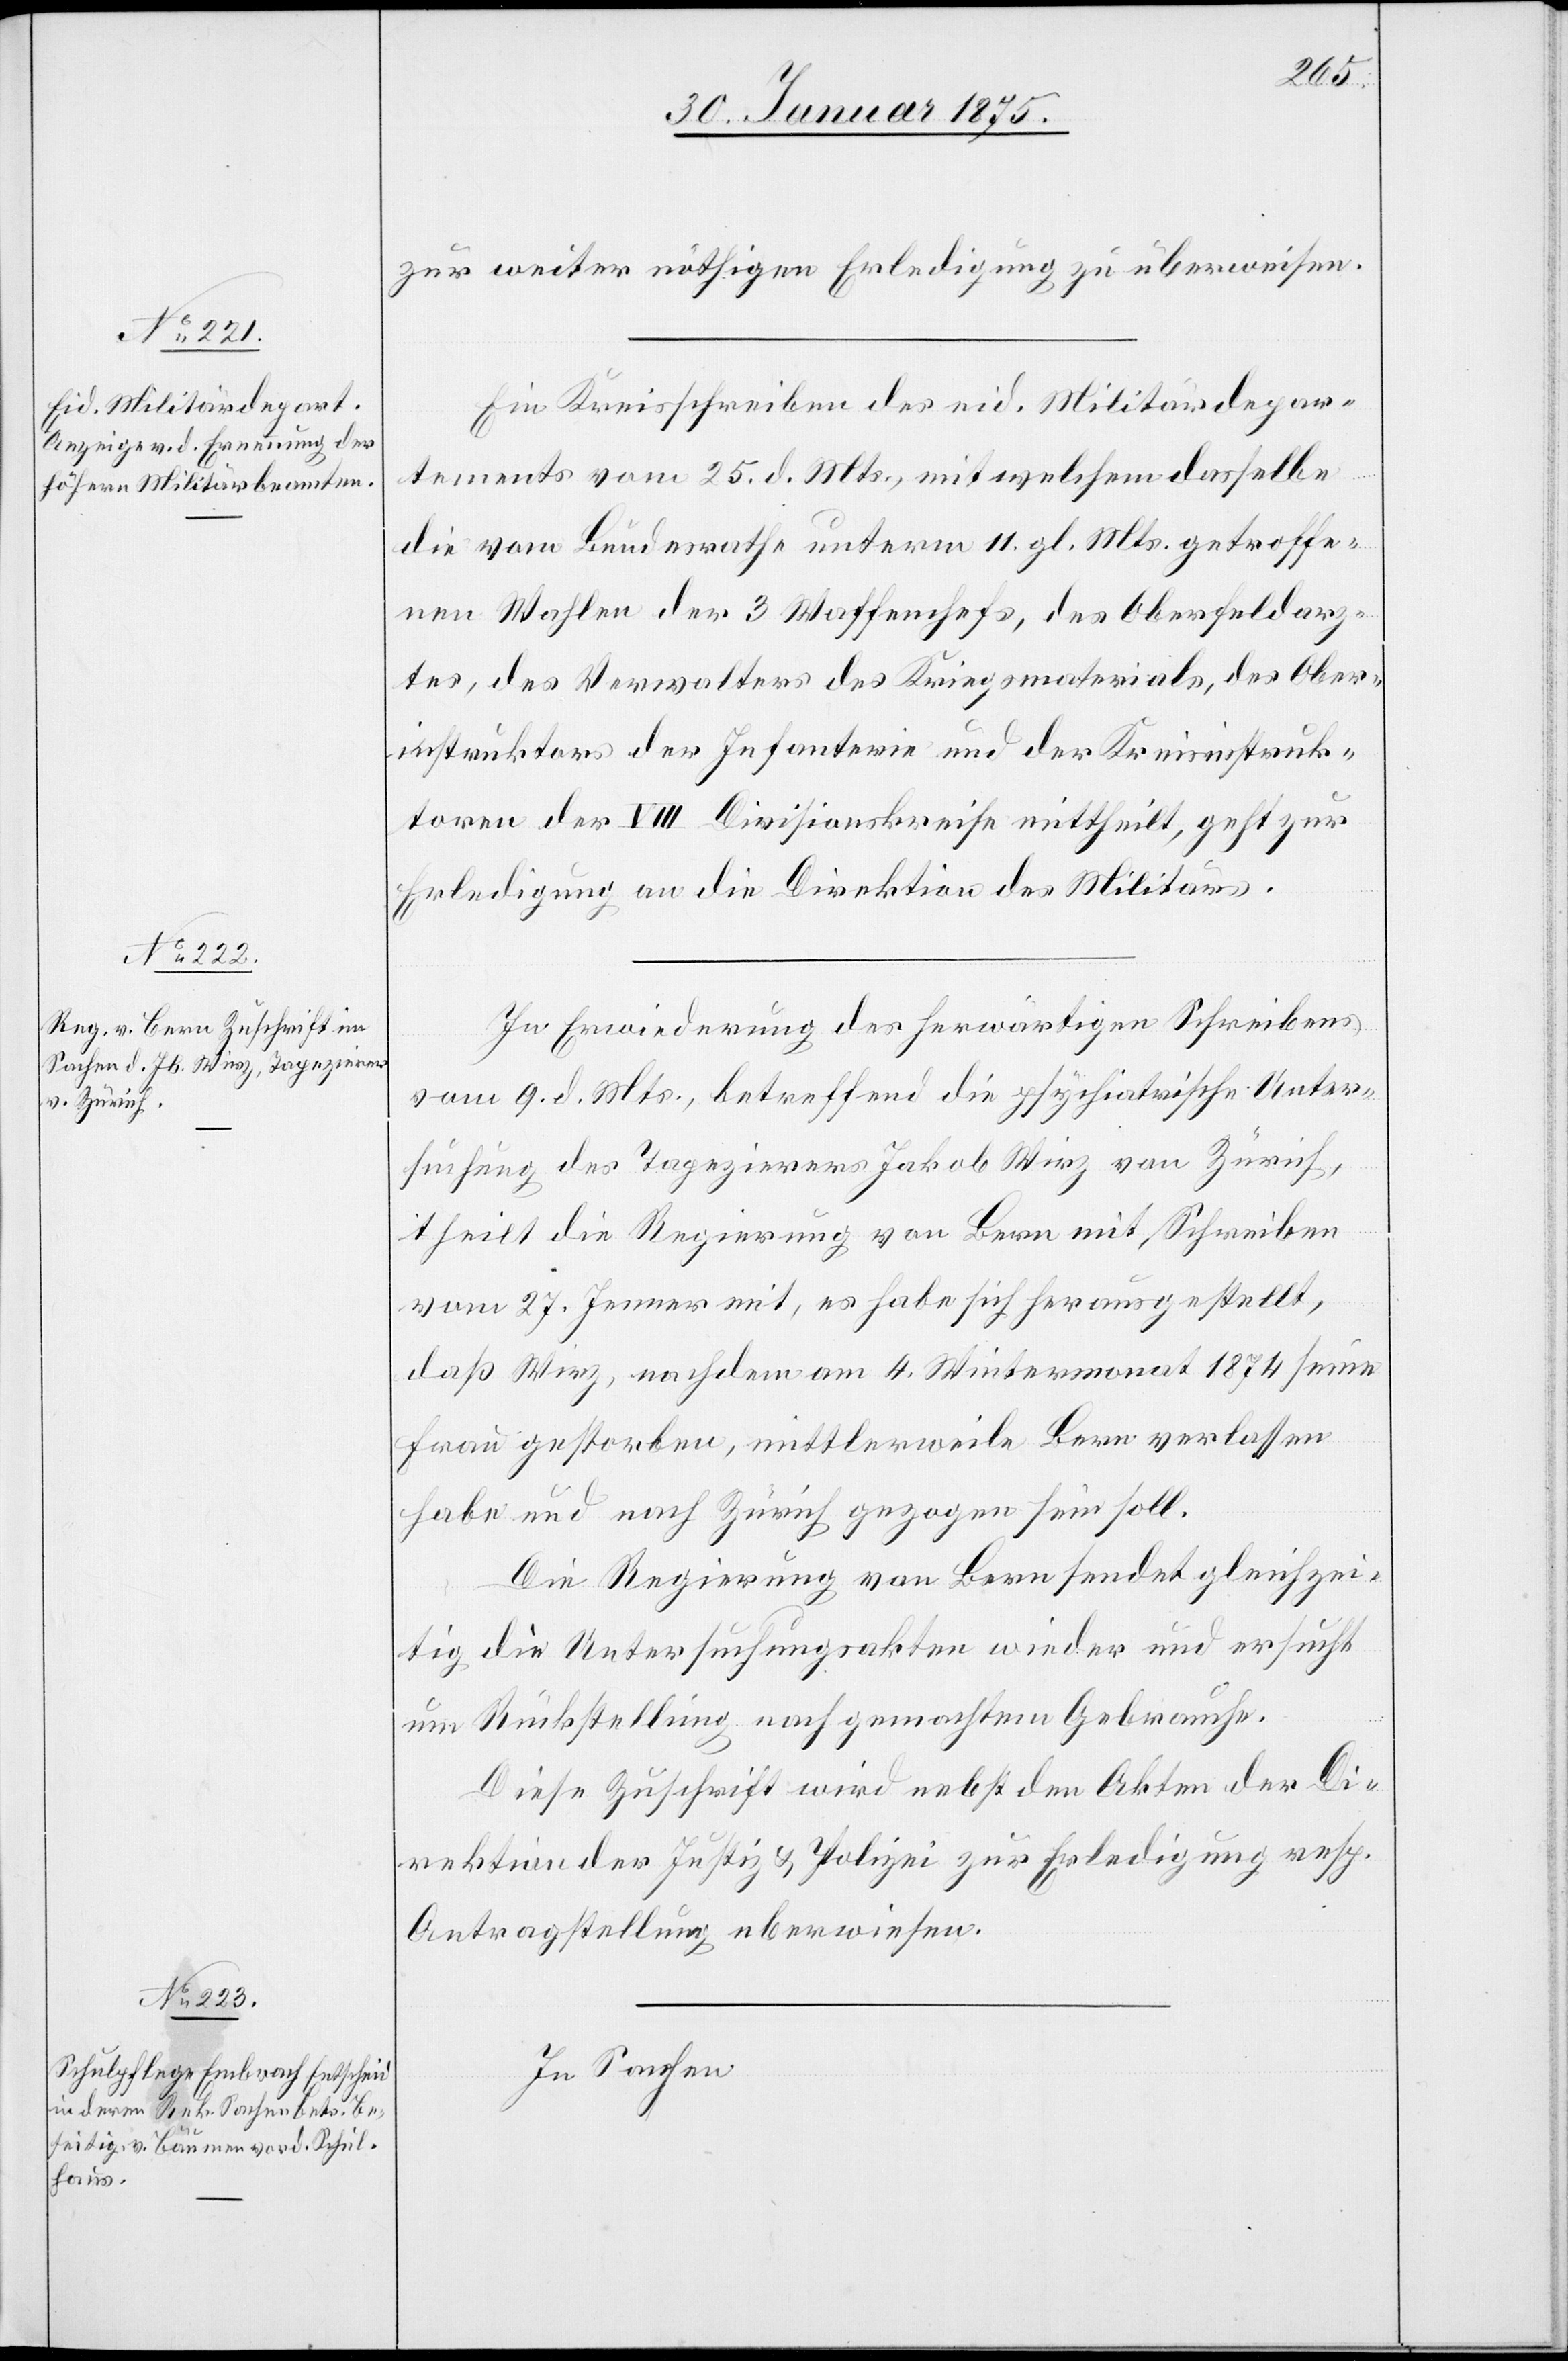
zur weiter nöthigen Erledigung zu überweisen.
Ein Kreisschrieben des eid. Militärdepar¬
tements vom 25. d. Mts., mit welchem dasselbe
die vom Bundesrathe unterm 11. gl. Mts. getroffe¬
nen Wahlen der 3 Waffenchefs, des Oberfeldarz¬
tes, des Verwalters des Kriegsmaterials, des Ober¬
instruktors der Infanterie und der Kreisinstruk¬
toren der VIII Divisionskreise mittheilt, geht zur
Erledigung an die Direktion des Militärs.
In Erwiederung des herwärtigen Schreibens
vom 9. d. Mts., betreffend die psychiatrische Unter¬
suchung des Tapezierers Jakob Wirz von Zürich,
theilt die Regierung von Bern mit Schreiben
vom 27. Jenner mit, es habe sich herausgestellt,
daß Wirz, nachdem am 4. Wintermonat 1874 seine
Frau gestorben, mittlerweile Bern verlassen
habe und nach Zürich gezogen sein soll.
Die Regierung von Bern sendet gleichzei¬
tig die Untersuchungsakten wieder und ersucht
um Rückstellung nach gemachtem Gebrauche.
Diese Zuschrift wird nebst den Akten der Di¬
rektion der Justiz & Polizei zur Erledigung resp.
Antragstellung überwiesen.
In Sachen